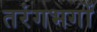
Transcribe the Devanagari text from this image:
तरंगभगों